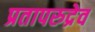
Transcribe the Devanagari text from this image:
प्रतापरुद्रेव